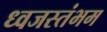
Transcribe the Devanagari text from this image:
ध्‍वजस्‍तंभम